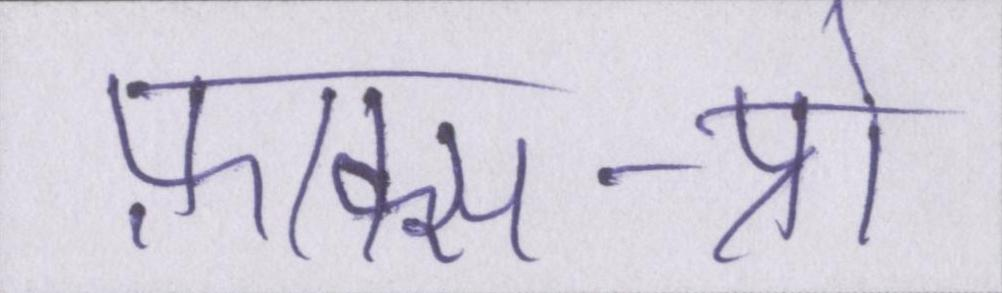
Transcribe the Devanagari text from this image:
फ़ाक्स-प्रो